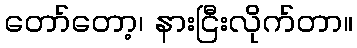
တော်တော့၊ နားငြီးလိုက်တာ။